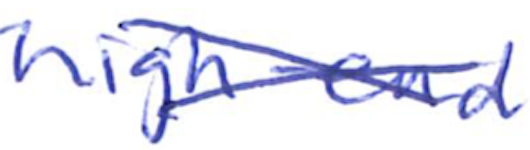
Text: high-end
Cross-out: cross
Writing tool: ballpoint